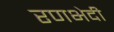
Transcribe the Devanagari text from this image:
रणभेदी